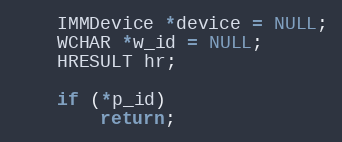
Language: C
	IMMDevice *device = NULL;
	WCHAR *w_id = NULL;
	HRESULT hr;

	if (*p_id)
		return;